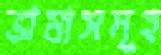
ভাষাসমূহ